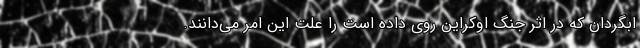
ابگردان که در اثر جنگ اوکراین روی داده است را علت این امر می‌دانند.